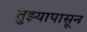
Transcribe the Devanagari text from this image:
तुझ्यापासून